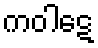
ကဝါဋေ